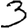
Digit: 3